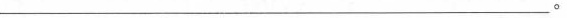
___。